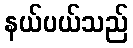
နယ်ပယ်သည်